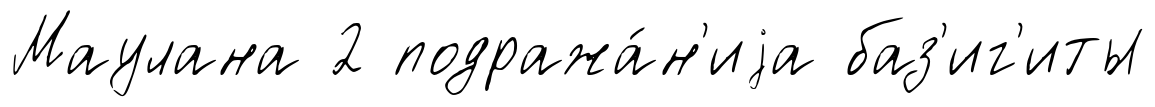
Маулана 2 подража́н'иjа баз'иг'иты